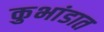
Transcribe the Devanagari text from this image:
कुभांडात